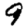
Digit: 9